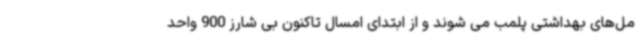
مل‌های بهداشتی پلمب می شوند و از ابتدای امسال تاکنون بی شارز 900 واحد